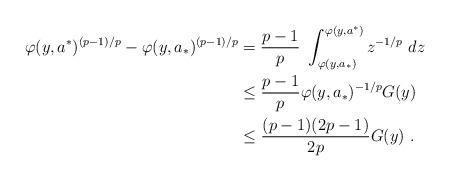
LaTeX: \begin{align*}\varphi(y,a^*)^{(p-1)/p} - \varphi(y,a_*)^{(p-1)/p} & = \frac{p-1}{p}\ \int_{\varphi(y,a_*)}^{\varphi(y,a^*)} z^{-1/p}\ dz \\& \le \frac{p-1}{p} \varphi(y,a_*)^{-1/p} G(y) \\& \le \frac{(p-1)(2p-1)}{2p} G(y)\ .\end{align*}